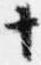
十